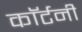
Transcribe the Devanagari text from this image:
काॅर्टनी